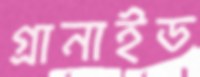
গ্রানাইড